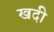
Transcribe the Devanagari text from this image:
खदी